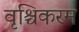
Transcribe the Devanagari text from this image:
वृश्चिकरम